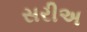
સરીઅ